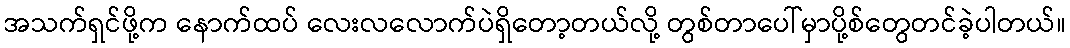
အသက်ရှင်ဖို့က နောက်ထပ် လေးလလောက်ပဲရှိတော့တယ်လို့ တွစ်တာပေါ်မှာပို့စ်တွေတင်ခဲ့ပါတယ်။